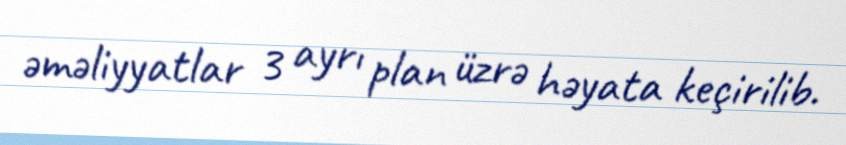
əməliyyatlar 3 ayrı plan üzrə həyata keçirilib.